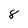
Character: 8